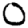
Digit: 0